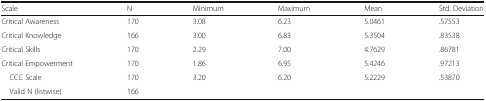
| Scale | N | Minimum | Maximum | Mean | Std. Deviation |
 | --- | --- | --- | --- | --- | --- |
 | Critical Awareness | 170 | 3.08 | 6.23 | 5.0461 | .57553 |
 | Critical Knowledge | 166 | 3.00 | 6.83 | 5.3504 | .83538 |
 | Critical Skills | 170 | 2.29 | 7.00 | 4.7629 | .86781 |
 | Critical Empowerment | 170 | 1.86 | 6.95 | 5.4246 | .97213 |
 | CCC Scale | 170 | 3.20 | 6.20 | 5.2229 | .53870 |
 | Valid N (listwise) | 166 |  |  |  |  |